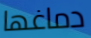
دماغها